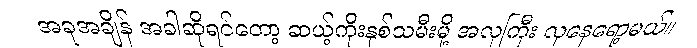
အခုအချိန် အခါဆိုရင်တော့ ဆယ့်ကိုးနှစ်သမီးမို့ အလှကြီး လှနေရော့မယ်။